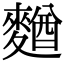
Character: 𪍑